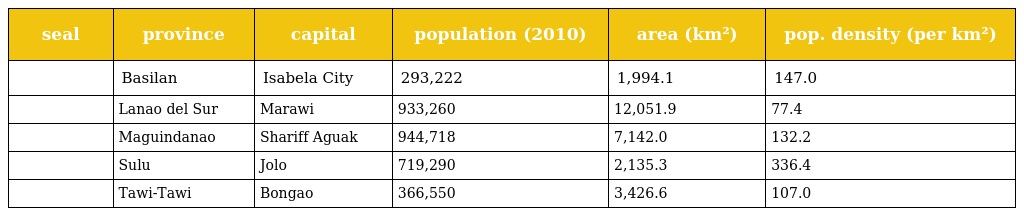
| seal | province | capital | population (2010) | area (km²) | pop. density (per km²) |
 | --- | --- | --- | --- | --- | --- |
 |  | Basilan | Isabela City | 293,222 | 1,994.1 | 147.0 |
 |  | Lanao del Sur | Marawi | 933,260 | 12,051.9 | 77.4 |
 |  | Maguindanao | Shariff Aguak | 944,718 | 7,142.0 | 132.2 |
 |  | Sulu | Jolo | 719,290 | 2,135.3 | 336.4 |
 |  | Tawi-Tawi | Bongao | 366,550 | 3,426.6 | 107.0 |